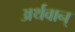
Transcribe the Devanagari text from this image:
अर्थवान्‌